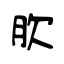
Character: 肷